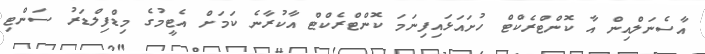
އާސެނަލްއިން އާ ކޮންޓްރެކްޓް ހުށައަޅައިފިނަމަ ކޮންޓްރެކްޓް އާކުރާނެ ކަމަށް އެޓީމުގެ މިޑްފިލްޑަރު ސަންޓި